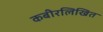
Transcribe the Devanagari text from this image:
कबीरलिखित